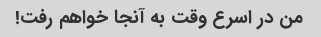
من در اسرع وقت به آنجا خواهم رفت!